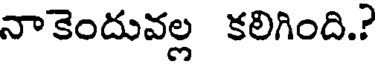
నాకెందువల్ల కలిగింది.?